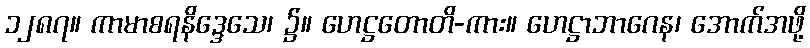
၁၂၈၇။ ကာမာစရနိဒ္ဒေသေ၊ ၌။ ဟေဋ္ဌတောတိ-ကား။ ဟေဋ္ဌာဘာဂေန၊ အောက်အဖို့